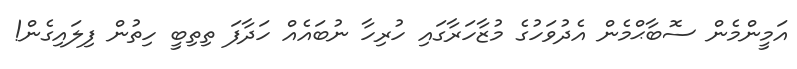
އަމީންމެން ސޮބާޙްމެން އެދުވަހުގެ މުޒާހަރާގައި ހުރިހާ ނުބައެއް ހަދާފަ ތިތިބީ ހިތުން ފިލައިގެން!